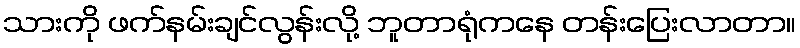
သားကို ဖက်နမ်းချင်လွန်းလို့ ဘူတာရုံကနေ တန်းပြေးလာတာ။